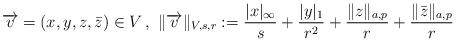
LaTeX: \begin{align*}\overrightarrow v = (x,y,z,\bar z) \in V \, , \ \|\overrightarrow v\|_{V,s,r}:= \frac{|x|_\infty}{s} + \frac{|y|_1}{r^2} +\frac{\|z\|_{a,p}}{r}+\frac{\|\bar z\|_{a,p}}{r}\end{align*}